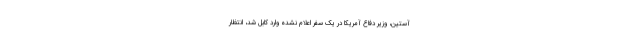
آستین، وزیر دفاع آمریکا در یک سفر اعلام نشده وارد کابل شد، انتظار